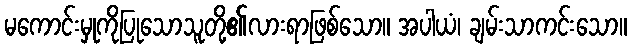
မကောင်းမှုကိုပြုသောသူတို့၏လားရာဖြစ်သော။ အပါယံ၊ ချမ်းသာကင်းသော။